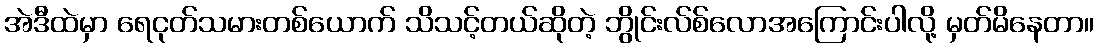
အဲဒီထဲမှာ ရေငုတ်သမားတစ်ယောက် သိသင့်တယ်ဆိုတဲ့ ဘွိုင်းလ်စ်လောအကြောင်းပါလို့ မှတ်မိနေတာ။